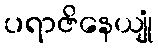
ပရာဇိနေယျုံ